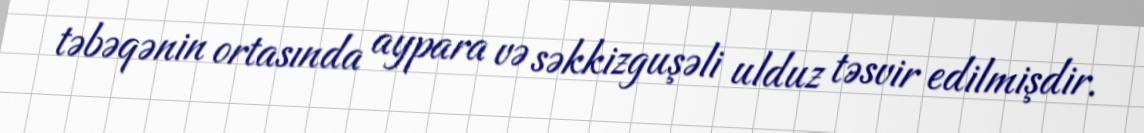
təbəqənin ortasında aypara və səkkizguşəli ulduz təsvir edilmişdir.